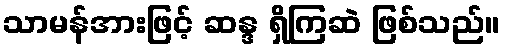
သာမန်အားဖြင့် ဆန္ဒ ရှိကြဆဲ ဖြစ်သည်။